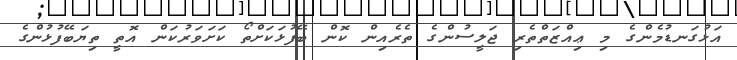
އަޅުގަނޑުމެންގެ މި ޢިއްޒަތްތެރި ޖަލީސުންގެ ތެރެއިން ކޮން ބޭފުޅަކަށްތޯ ކަށަވަރުކަން އޮތީ ތިޔަބޭފުޅުންގެ